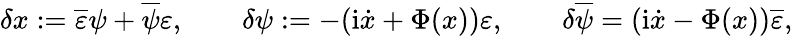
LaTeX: \delta x:=\overline{{{\varepsilon}}}\psi+\overline{{{\psi}}}\varepsilon,\qquad\delta\psi:=-(\mathrm{i}\dot{x}+\Phi(x))\varepsilon,\qquad\delta\overline{{{\psi}}}=(\mathrm{i}\dot{x}-\Phi(x))\overline{{{\varepsilon}}},